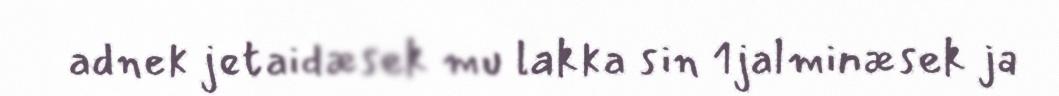
adnek jetaidæsek mu lakka sin 1jalminæsek ja